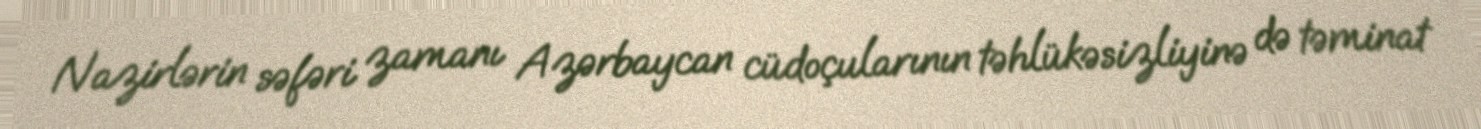
Nazirlərin səfəri zamanı Azərbaycan cüdoçularının təhlükəsizliyinə də təminat